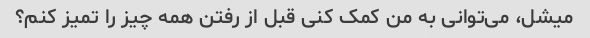
میشل، می‌توانی به من کمک کنی قبل از رفتن همه چیز را تمیز کنم؟